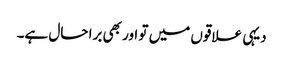
دیہی علاقوں میں تو اور بھی برا حال ہے۔